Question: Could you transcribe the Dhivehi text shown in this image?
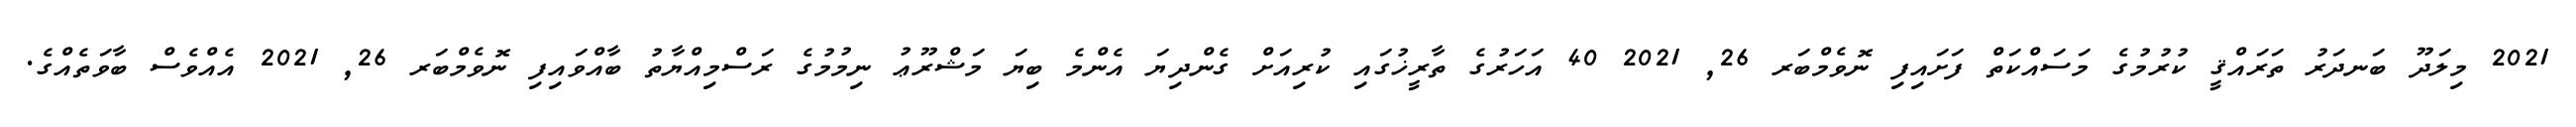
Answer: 2021 މިލަދޫ ބަނދަރު ތަރައްޤީ ކުރުމުގެ މަސައްކަތް ފަށައިފި ނޮވެމްބަރ 26, 2021 40 އަހަރުގެ ތާރީޚުގައި ކުރިއަށް ގެންދިޔަ އެންމެ ބިޔަ މަޝްރޫޢު ނިމުމުގެ ރަސްމިއްޔާތު ބާއްވައިފި ނޮވެމްބަރ 26, 2021 އެއްވެސް ބާވަތެއްގެ.